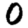
Digit: 0